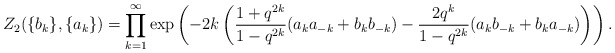
\begin{align*}Z_2 (\{b_k\},\{a_k\}) = \prod_{k=1}^\infty\exp\left(-2k\left( \frac{1+q^{2k}}{1-q^{2k}} (a_ka_{-k} + b_kb_{-k}) - \frac{2q^k}{1-q^{2k}} (a_kb_{-k} + b_ka_{-k}) \right)\right).\end{align*}